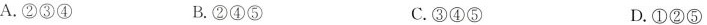
A.②③④ B.②④⑤ C.③④⑤ D.①②⑤